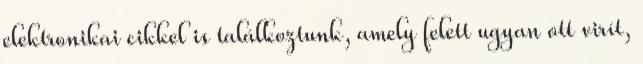
elektronikai cikkel is találkoztunk, amely felett ugyan ott virít,